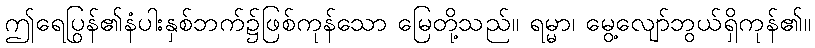
ဤရေပြွန်၏နံပါးနှစ်ဘက်၌ဖြစ်ကုန်သော မြေတို့သည်။ ရမ္မာ၊ မွေ့လျော်ဘွယ်ရှိကုန်၏။